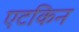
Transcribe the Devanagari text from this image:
एटकिन